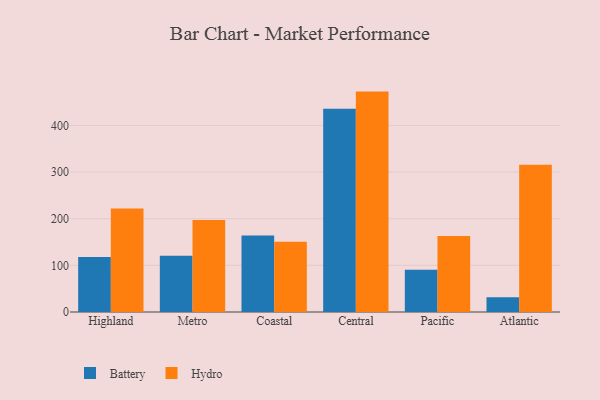
{"axis": {"x": "Region", "y": "Customer Acquisition Cost (USD)"}, "legend": ["Battery", "Hydro"], "data": [{"x": "Highland", "y": 118.0, "type": "Battery"}, {"x": "Highland", "y": 221.8, "type": "Hydro"}, {"x": "Metro", "y": 120.5, "type": "Battery"}, {"x": "Metro", "y": 197.4, "type": "Hydro"}, {"x": "Coastal", "y": 164.1, "type": "Battery"}, {"x": "Coastal", "y": 150.4, "type": "Hydro"}, {"x": "Central", "y": 435.6, "type": "Battery"}, {"x": "Central", "y": 472.6, "type": "Hydro"}, {"x": "Pacific", "y": 90.4, "type": "Battery"}, {"x": "Pacific", "y": 163.2, "type": "Hydro"}, {"x": "Atlantic", "y": 31.7, "type": "Battery"}, {"x": "Atlantic", "y": 315.5, "type": "Hydro"}]}